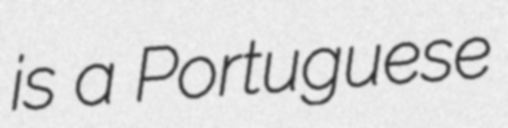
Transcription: is a Portuguese